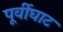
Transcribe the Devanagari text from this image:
पूर्वीघाट